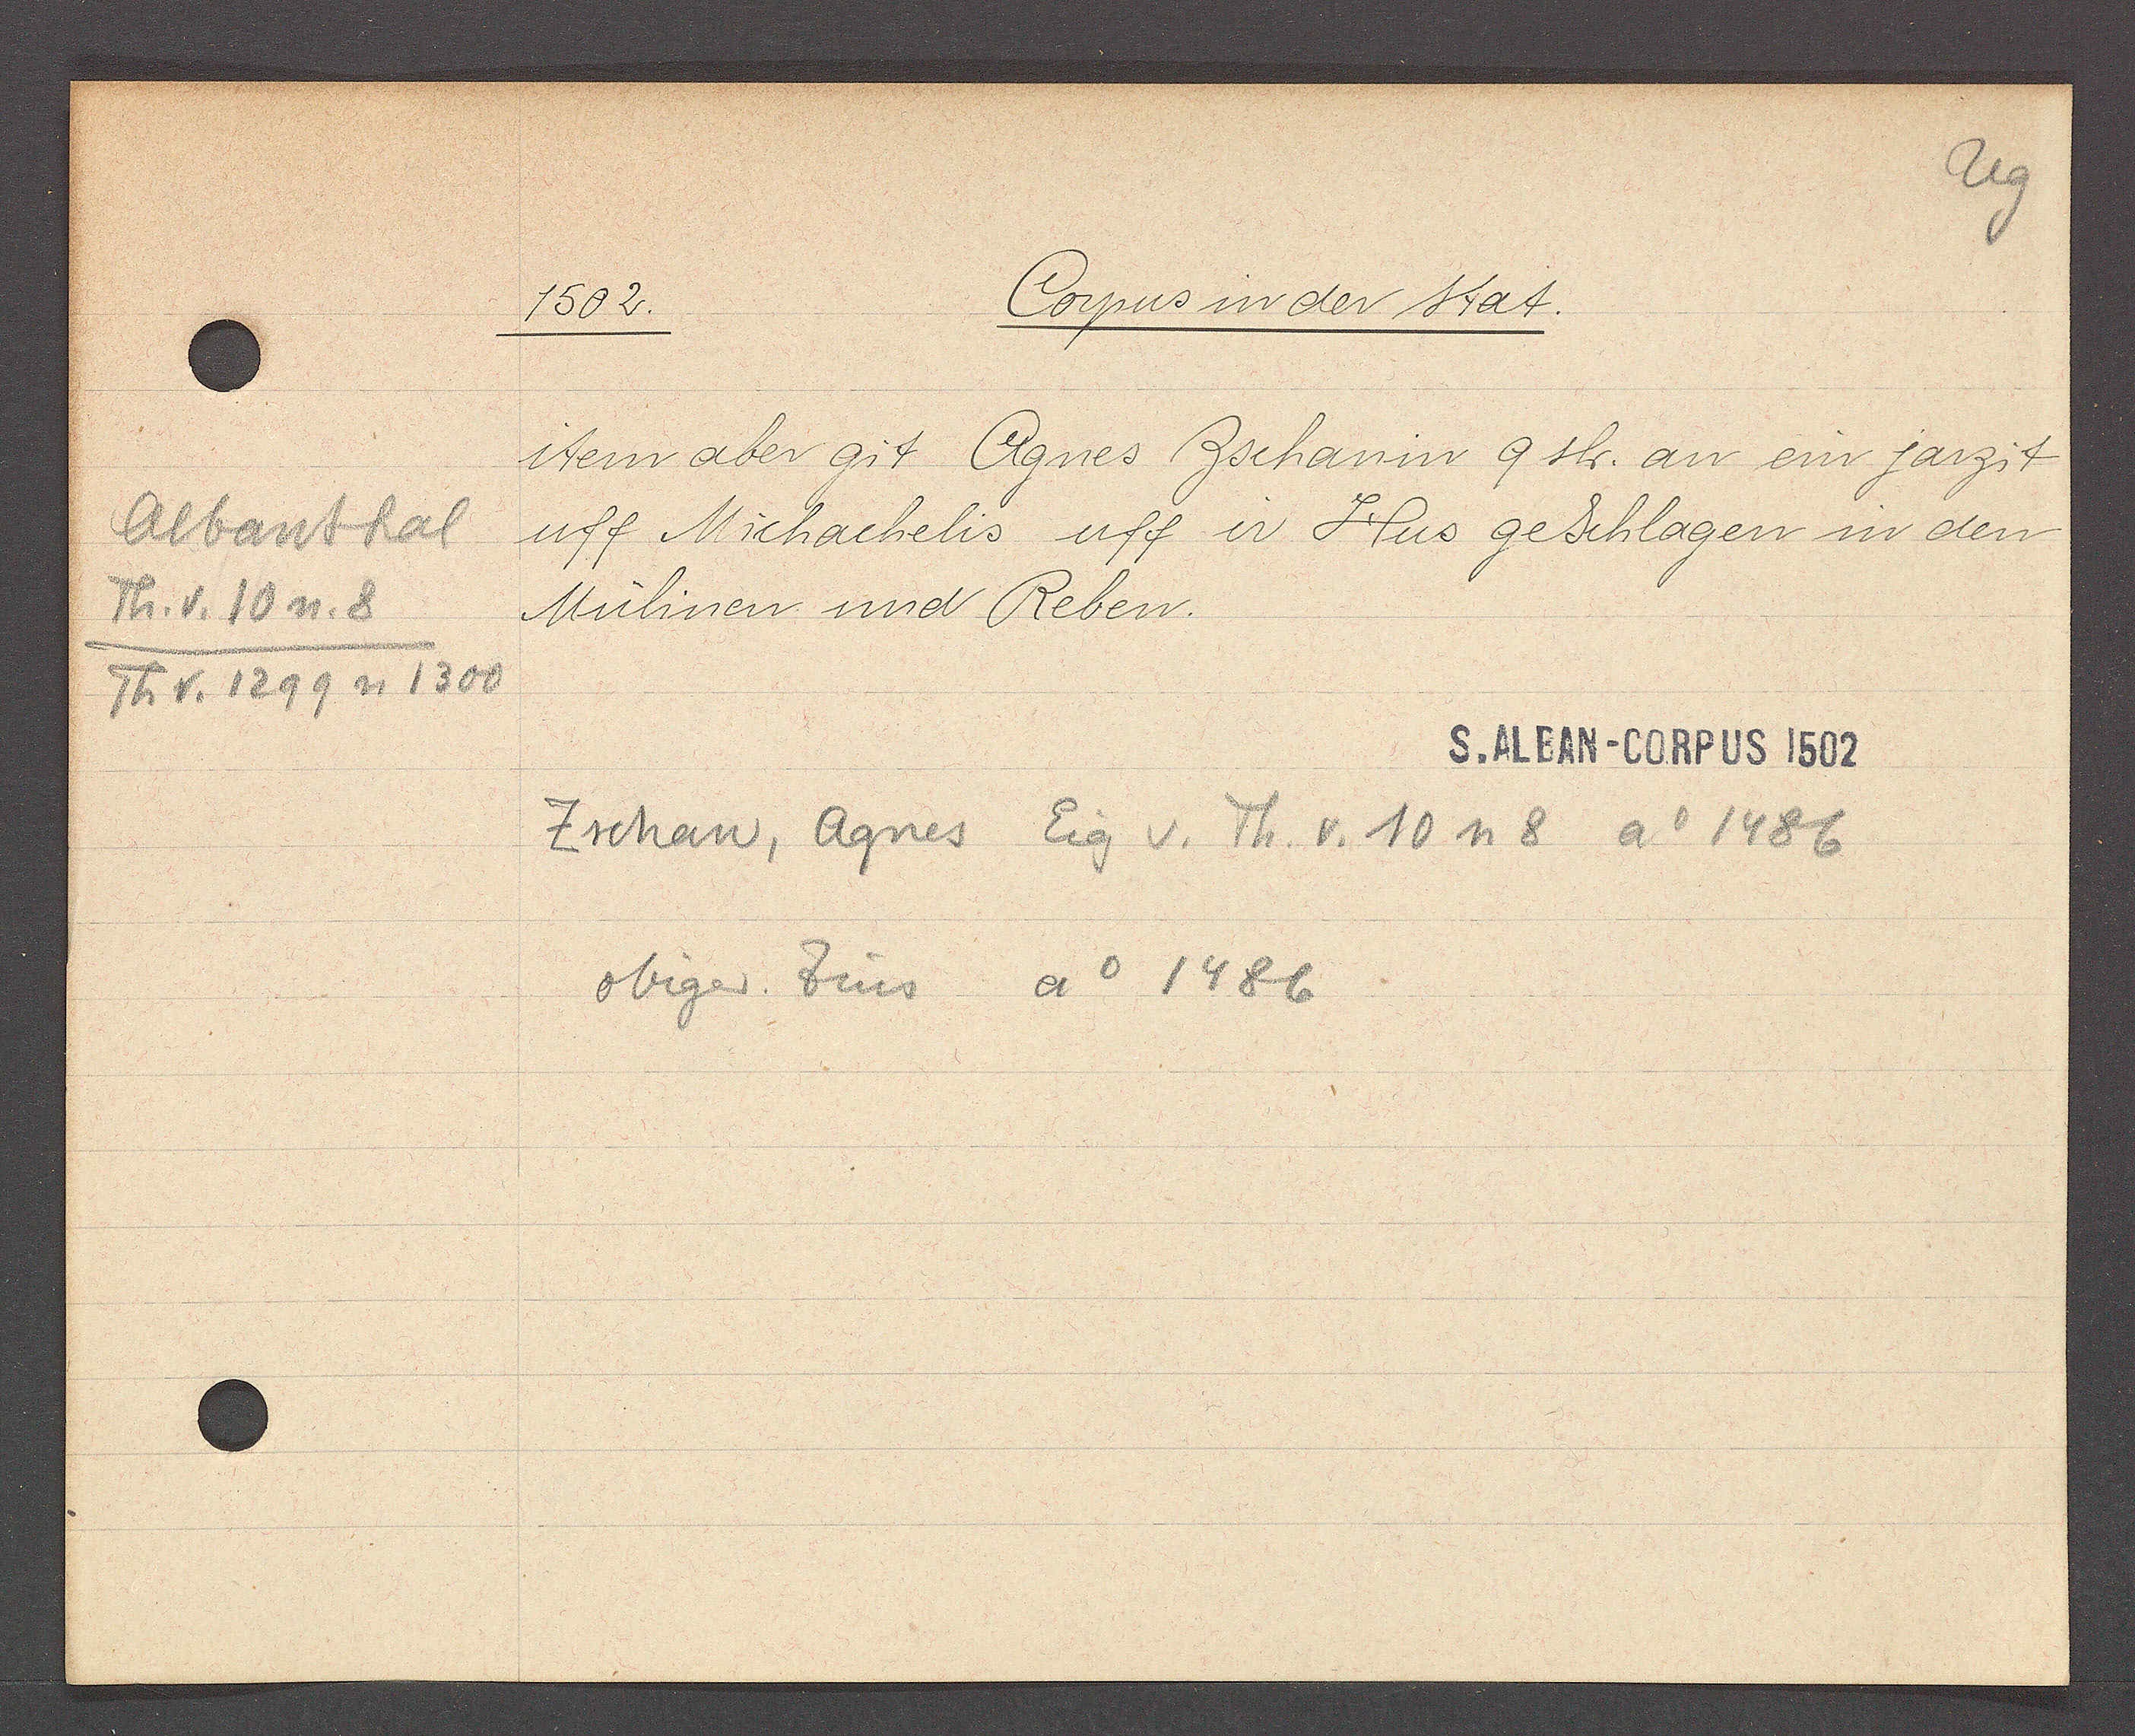
Transcript:
Albanthal
Th. v. 10 n. 8
Th v. 1299 u 1300

1502.

Corpus in der stat.

item aber git Agnes Zschanin 9 sh. an ein jarzit
uff Michachelis uff ir Hus geschlagen in den
Mülinen und Reben.

S. ALBAN-CORPUS 1502

Zschan, Agnes Eig v. Th. v. 10 n 8 Ao 1486
obiger. Zins ao 1486